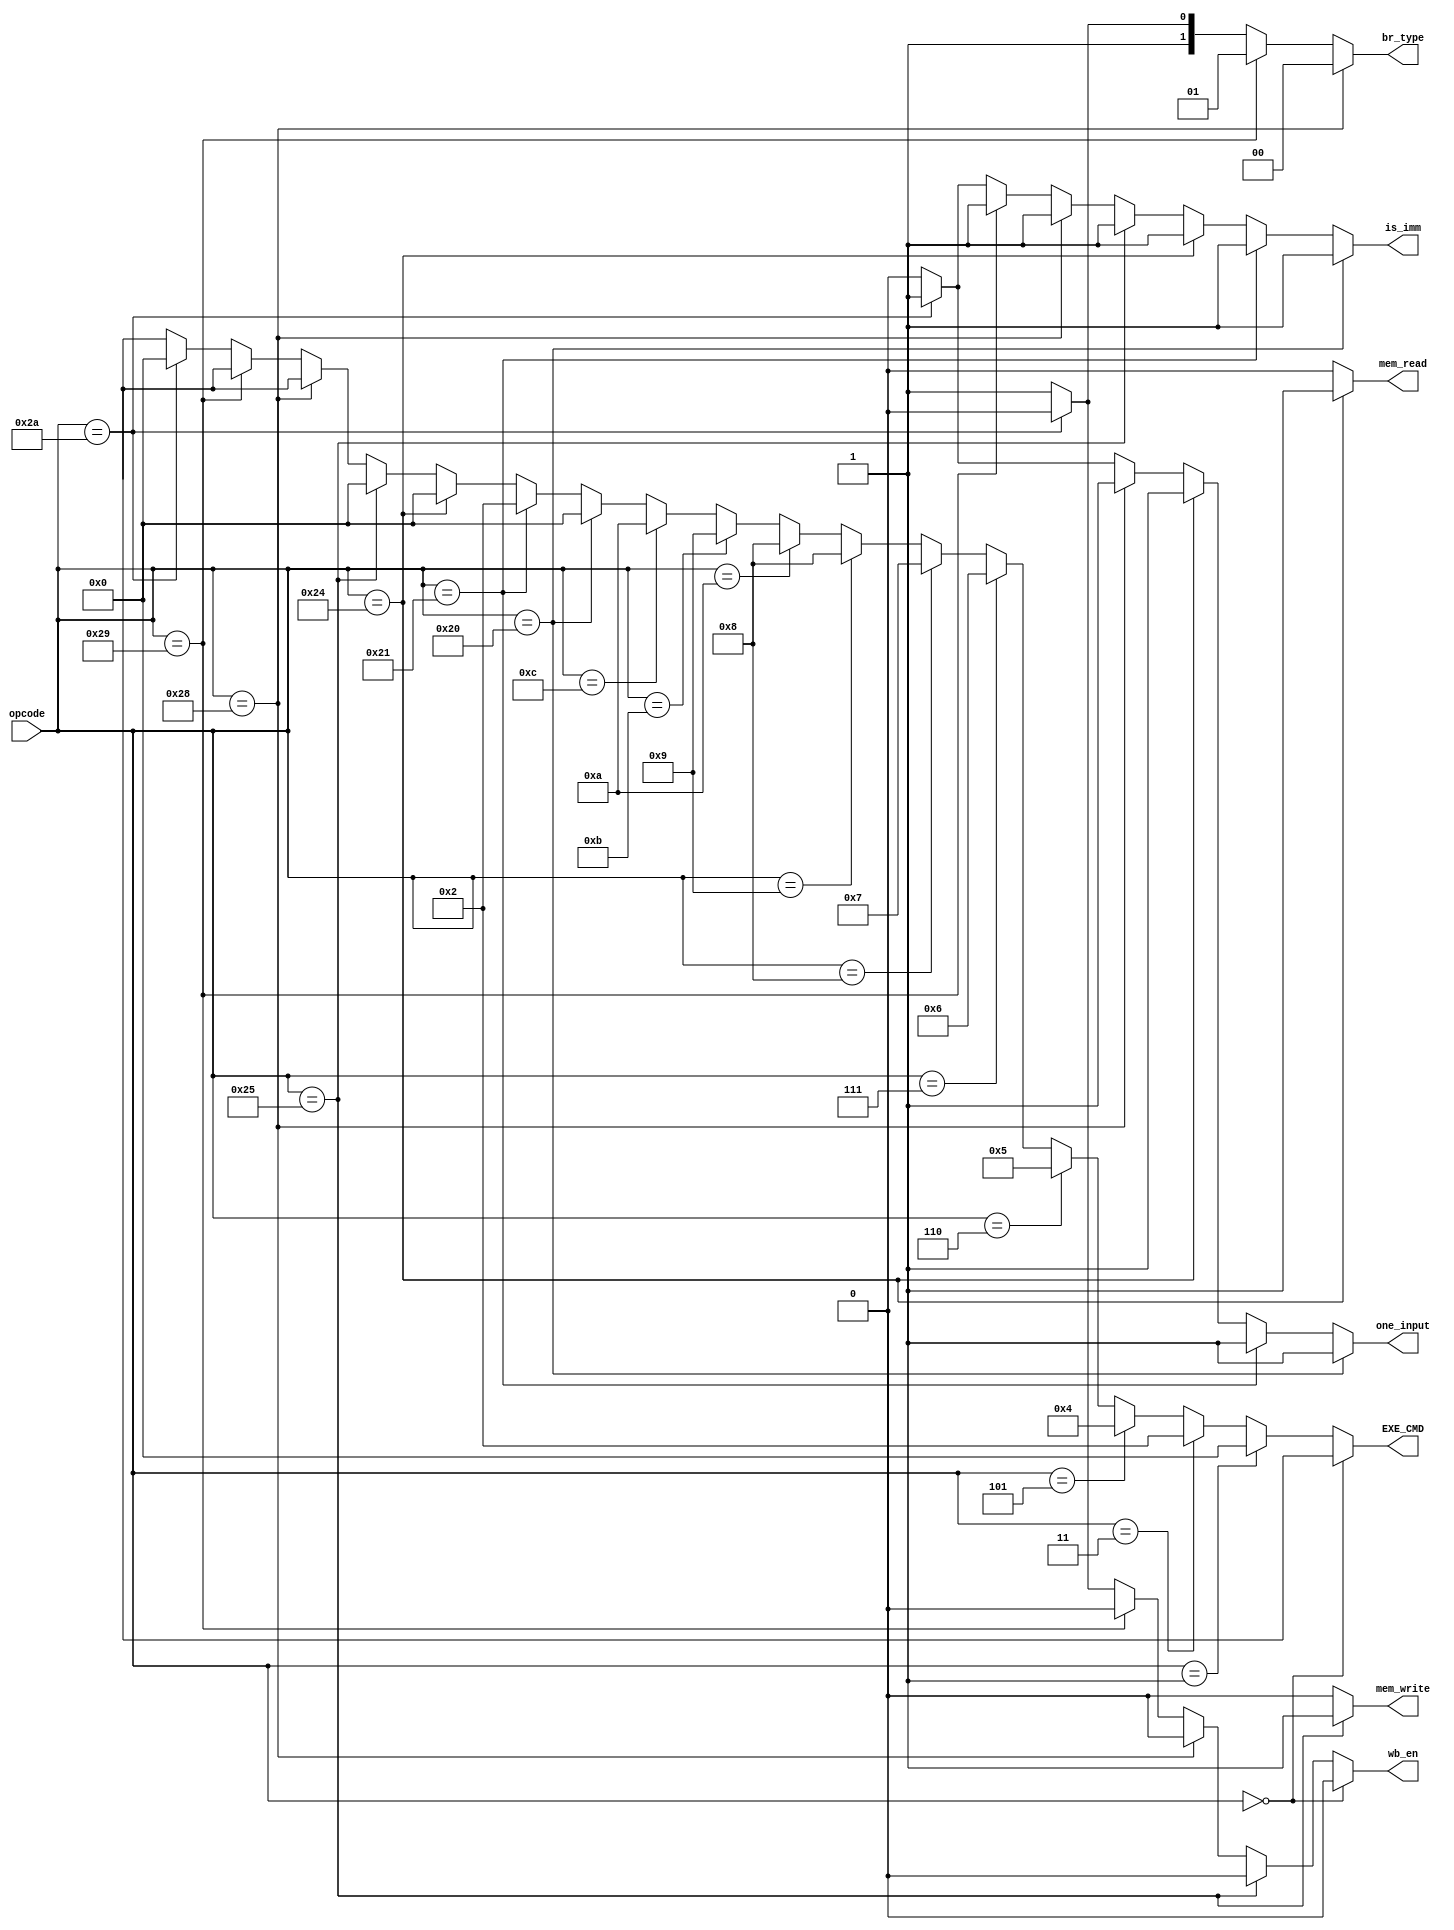
module ControlUnit (
        input [5:0] opcode,
        output[3:0] EXE_CMD,
        output[1:0] br_type,
        output mem_read,
        output mem_write,
        output wb_en,
        output is_imm,
        output one_input
    );

    parameter NOP = 6'd0, ADD = 6'd1, SUB = 6'd3, AND = 6'd5, OR = 6'd6, NOR = 6'd7,
    XOR = 6'd8, SLA = 6'd9, SLL = 6'd10, SRA = 6'd11, SRL = 6'd12, ADDI = 6'd32,
    SUBI = 6'd33, LD = 6'd36, ST = 6'd37, BEZ = 6'd40, BNE = 6'd41, JMP = 6'd42;

    assign EXE_CMD = (opcode == NOP)? 4'bxxxx:
                (opcode == ADD)? 0:
				(opcode == SUB)? 2:
				(opcode == AND)? 4:
				(opcode == OR)? 5:
				(opcode == NOR)? 6:
				(opcode == XOR)? 7:
				(opcode == SLA)? 8:
				(opcode == SLL)? 8:
				(opcode == SRA)? 9:
				(opcode == SRL)? 10:
				(opcode == ADDI)? 0:
				(opcode == SUBI)? 2:
				(opcode == LD)? 0:
				(opcode == ST)? 0:
				(opcode == BEZ)? 4'bxxxx:
				(opcode == BNE)? 4'bxxxx:
				(opcode == JMP)?0: 4'bxxxx;

    assign is_imm = (opcode == ADDI)? 1:
                (opcode == SUBI)? 1:
                (opcode == LD)? 1:
                (opcode == ST)? 1:
                (opcode == BEZ)? 1:
                (opcode == BNE)? 1:
                (opcode == JMP)? 1: 0;

    assign one_input = (opcode == ADDI)? 1:
                (opcode == SUBI)? 1:
                (opcode == LD)? 1:
                (opcode == BEZ)? 1:
                (opcode == JMP)? 1: 0;

    assign mem_read = (opcode == LD)? 1: 0;

    assign mem_write = (opcode == ST)? 1: 0;

    assign wb_en = (opcode == NOP)? 0:
                    (opcode == ST)? 0:
                    (opcode == BEZ)? 0:
                    (opcode == BNE)? 0:
                    (opcode == JMP)? 0: 1;

    assign br_type=(opcode == BEZ)? 0:
                        (opcode == BNE)? 1:
                        (opcode == JMP)? 2: 3;

endmodule